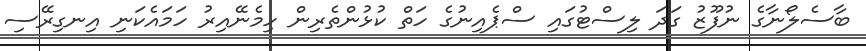
ބާސެލޯނާގެ ނުފޫޒު ގަދަ ލިސްޓުގައި ސްޕެއިނުގެ ހަތް ކުޅުންތެރިން ހިމެނޭއިރު ހަމައެކަނި އިނގިރޭސި